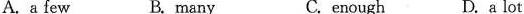
A. a few B. many C. enough D.a lot